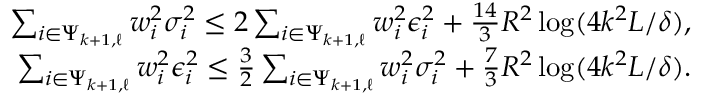
\begin{array} { r } { \sum _ { i \in \Psi _ { k + 1 , \ell } } w _ { i } ^ { 2 } \sigma _ { i } ^ { 2 } \le 2 \sum _ { i \in \Psi _ { k + 1 , \ell } } w _ { i } ^ { 2 } \epsilon _ { i } ^ { 2 } + \frac { 1 4 } { 3 } R ^ { 2 } \log ( 4 k ^ { 2 } L / \delta ) , } \\ { \sum _ { i \in \Psi _ { k + 1 , \ell } } w _ { i } ^ { 2 } \epsilon _ { i } ^ { 2 } \le \frac { 3 } { 2 } \sum _ { i \in \Psi _ { k + 1 , \ell } } w _ { i } ^ { 2 } \sigma _ { i } ^ { 2 } + \frac { 7 } { 3 } R ^ { 2 } \log ( 4 k ^ { 2 } L / \delta ) . } \end{array}